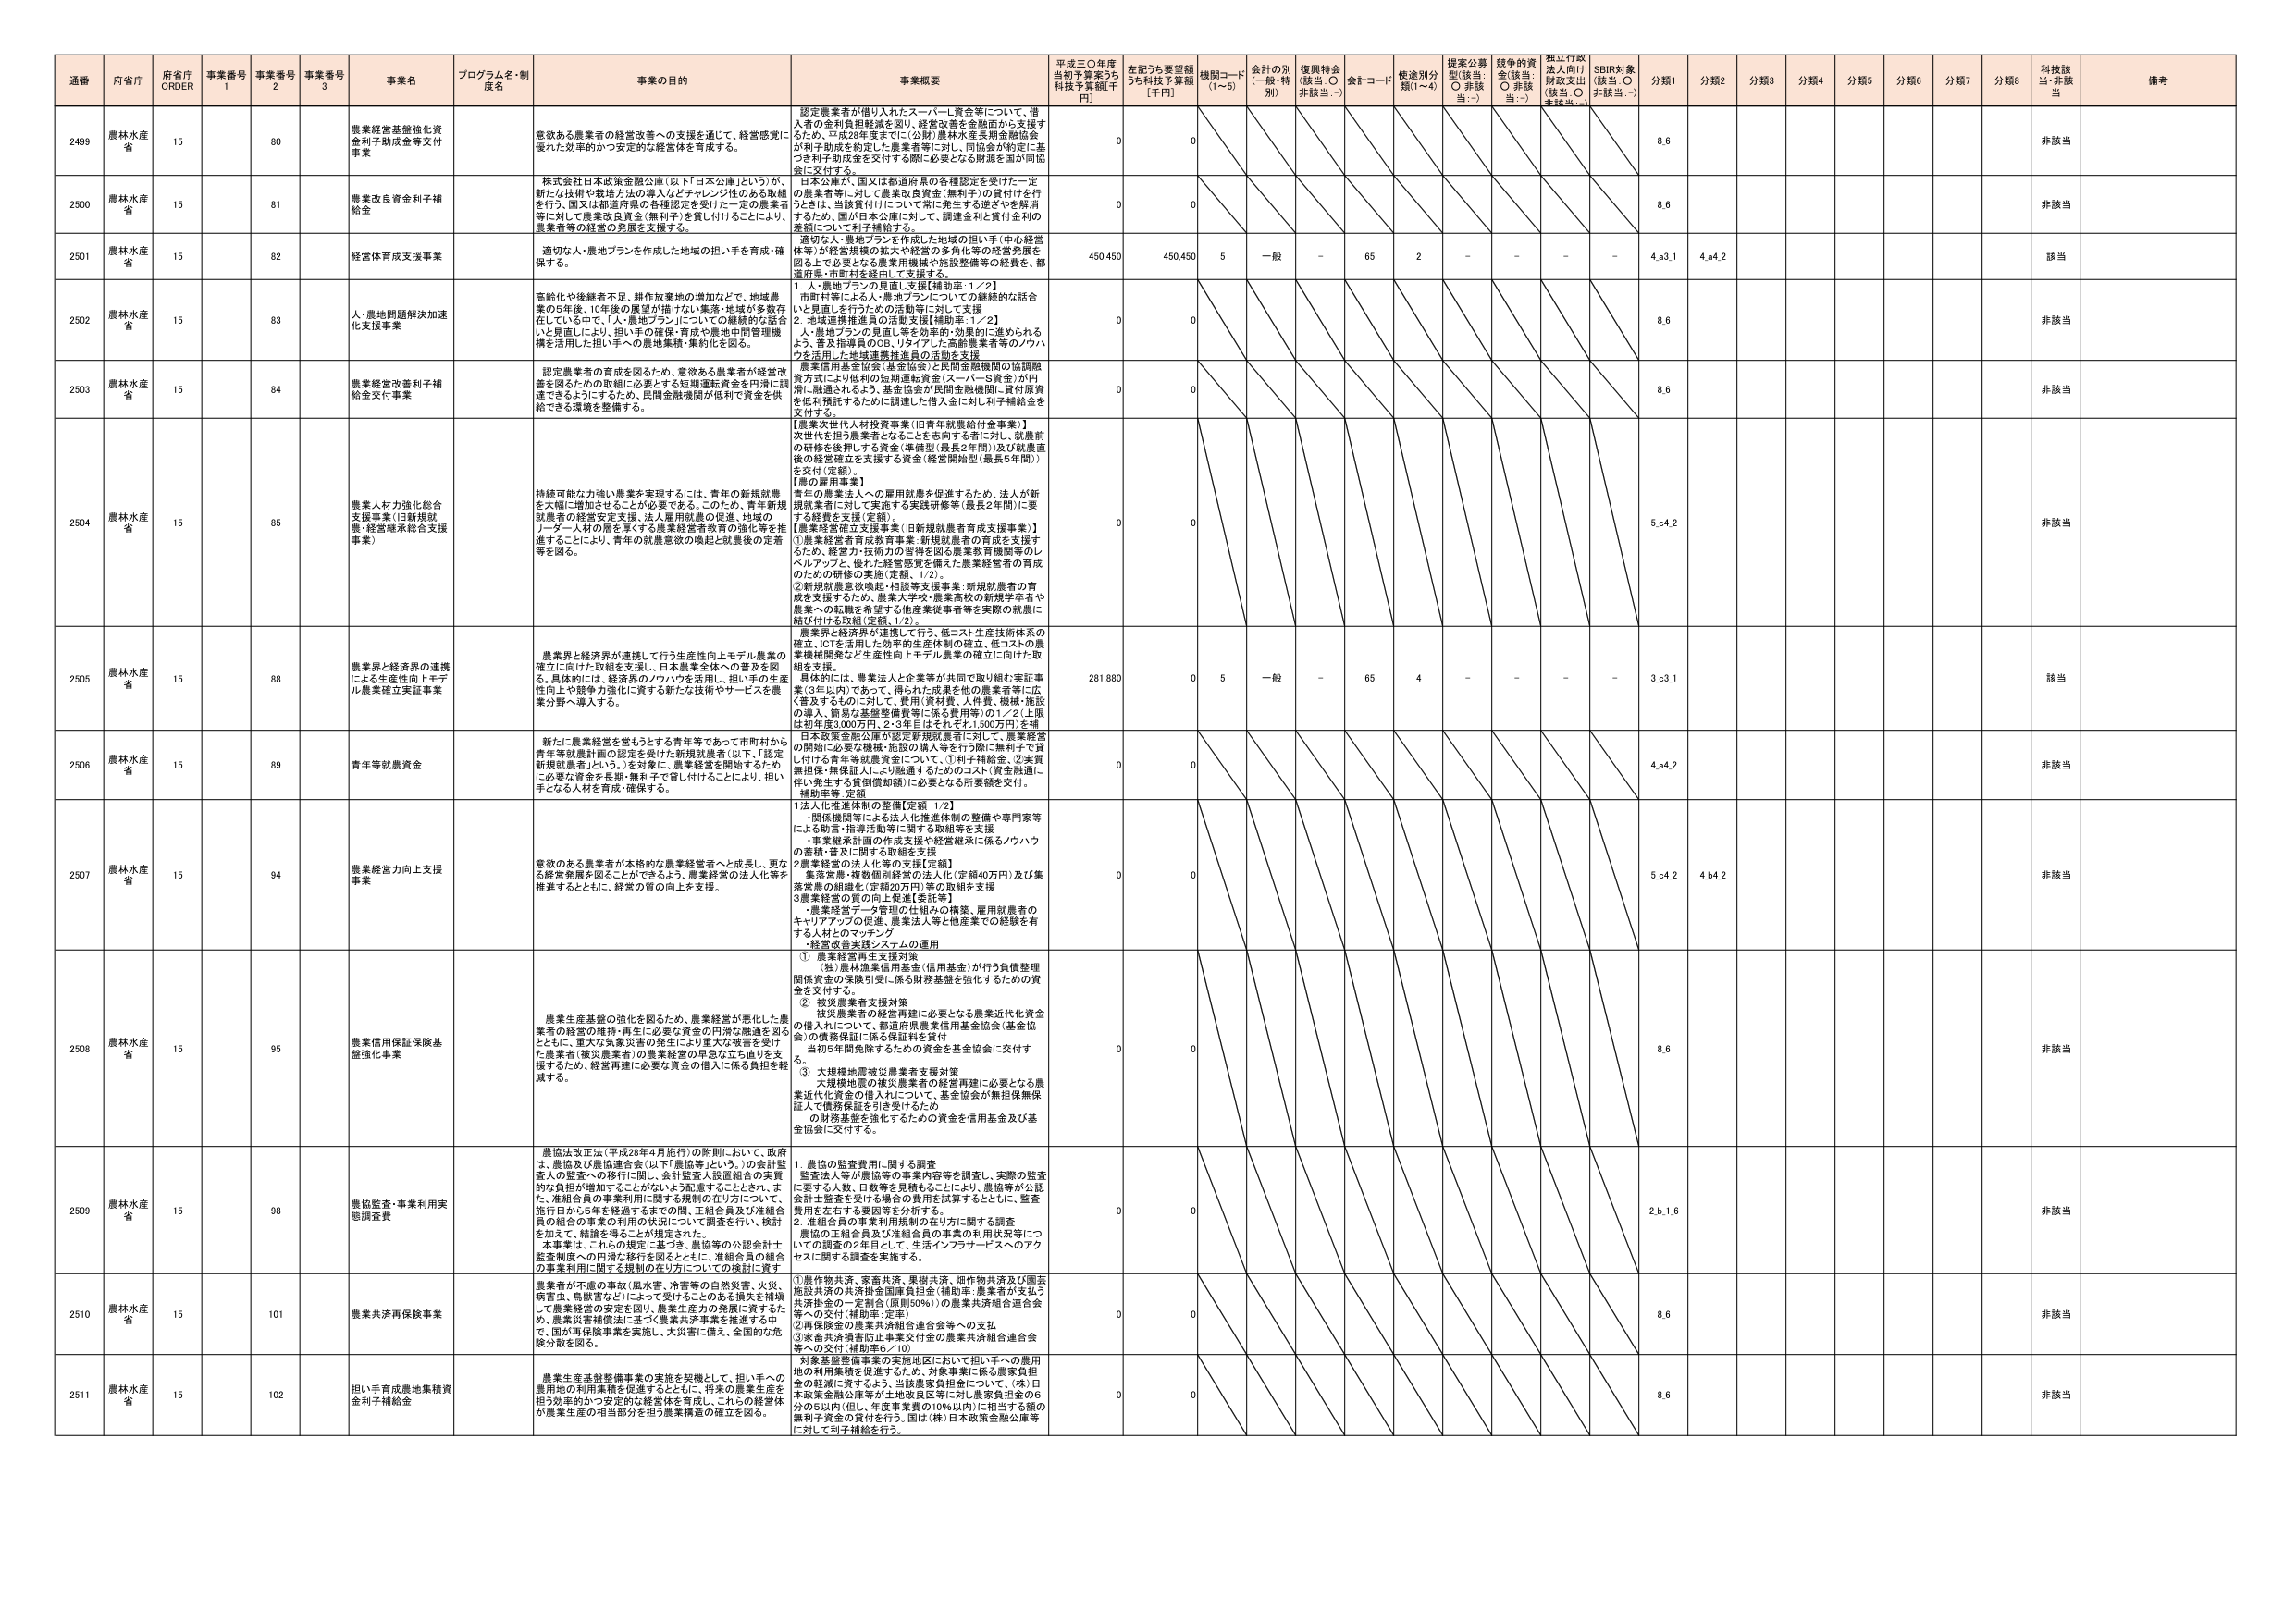
通番 府省庁 府省庁 ORDER 事業番号 1 事業番号 2 事業番号 3 事業名 プログラム名・制度名 事業の目的 事業概要 平成三〇年度当初予算案うち 科技予算額[千円] 左記うち要望額うち科技予算額 [千円] 機関コード (1～5) 会計の別 (一般・特別) 復興特金 (該当：○ 非該当：-) 会計コード 使途別分類(1～4) 提案公募型(該当：○ 非該当：-) 競争的資金(該当：○ 非該当：-) 独立行政法人向け財政支出(該当：○ 非該当：-) SDIR対象(該当：○ 非該当：-) 分類1 分類2 分類3 分類4 分類5 分類6 分類7 分類8 科技該当・非該当 備考

2499 農林水産省 15 80 農業経営基盤強化資金利子助成金等交付事業 意欲ある農業者の経営改善への支援を通して、経営感覚に優れた効率的かつ安定的な経営体を育成する。 認定農業者が借り入れたスーパー1資金等について、借入者の金利負担軽減を図り、経営改善を金融面から支援するため、平成28年度までに(公財)農林水産業期金協会が利子助成を約定し、同協会が特定に基づき利子助成金を交付する際に必要となる財源を国が同協会に交付する。 0 0 8.6 非該当

2500 農林水産省 15 81 農業改良員金利子補給金 株式会社日本政策金融公庫(以下「日本公庫」という)が、新たな技術や栽培方法の導入などチャレンジ性のある取組を行う、国又は都道府県の各種認定を受けた一定の農業者等に対して農業改良員資金(無利子)を貸し付けることにより、農業者等の経営の発展を支援する。 日本公庫が、国又は都道府県の各種認定を受けた一定の農業者等に対して農業改良員資金(無利子)の貸付けを行うときは、当該貸付けについて対象とする返済を解消するため、国が日本公庫に対して、調達金利と貸付金利の差額について利子補給する。 0 0 8.6 非該当

2501 農林水産省 15 82 経営体育成支援事業 適切な人・農地プランを作成した地域の担い手を育成・確保する。 適切な人・農地プランを作成した地域の担い手(中心経営体等)が経営規模の拡大や経営の多角化等の経営発展を図る上で必要となる農業用機械や施設整備等の経費を、都道府県・市町村を経由して支援する。 450,450 450,450 5 一般 - 65 2 - - - - 4,a3.1 4,a4.2 該当

2502 農林水産省 15 83 人・農地問題解決加速化支援事業 高齢化や後継者不足、耕作放棄地の増加などで、地域農業の5年後・10年後の展望が暗いが、東京・地域が多数存在している中で、「人・農地プラン」についての継続的な話合いを重視しつつ、担い手の確保・育成や農地中間管理機構を活用した担い手への農地集積・集約化を図る。 1. 人・農地プランの見直し支援[補助率:1/2] 市町村等による人・農地プランについての継続的な話合いを見直しを行うための活動等に対して支援 2. 地域連携推進員の活動支援[補助率:1/2] 人・農地プランの見直し等を効率的・効果的に進められるよう、普及指導員のOB、リタイアした前農業者等のノウハウを活用した地域連携推進員の活動を支援。 0 0 8.6 非該当

2503 農林水産省 15 84 農業経営改善利子補給金交付事業 認定農業者の育成を図るため、意欲ある農業者が経営改善を図るための取組に必要とする短期運転資金を円滑に調達できるようにするため、民間金融機関が低利で資金を供給できる環境を整備する。 農業信用基金協会(基金協会)と民間金融機関の協調融資方式により低利の短期運転資金(スーパー1資金)が円滑に融通されるよう、基金協会が民間金融機関に貸付原資を低利預託するために調達した借入金に対し利子補給金を交付する。 0 0 8.6 非該当

2504 農林水産省 15 85 農業人材力強化総合支援事業(旧新規就農・経営継承総合支援事業) 持続可能な力強い農業を実現するには、青年の新規就農を大幅に増加させることが必要である。このため、青年新規就農者の経営安定支援、法人雇用就農の促進、地域のリーダー人材の育成等をする農業経営者教育の強化等を推進することにより、青年の就農意欲の喚起と就農後の定着等を図る。 【農業次世代人材投資事業(旧青年就農給付金事業)】 次世代を担う農業者となることを志向する者に対し、就農前の研修を後押しする資金(準備型(最長2年間))及び就農直後の経営確立を支援する資金(経営開始型(最長5年間))を交付(定額) 【農の雇用事業】 青年の農業法人への雇用就農を促進するため、法人が新規就業者に対して実施する実践研修等(最長2年間)に要する経費を支援(定額)。 【農業経営確立支援事業(旧新規就農者育成支援事業)】 ①農業経営者育成教育事業:新規就農者の育成を支援するため、経営力・技術力の習得を図る農業教育機関等のレベルアップと、優れた経営感覚を備えた農業経営者の育成のための研修の実施(定額、1/2)。 ②新規就農意欲喚起・相談等支援事業:新規就農者の育成を支援するため、農業大学校・農業高校の新規学卒者や農業への転職を希望する他産業従事者等を実際の就農に結び付ける取組(定額、1/2)。 農業界と経済界が連携して行う、低コスト生産技術体系の確立、ICTを活用した効率的生産体制の確立、低コストの農業機械開発など生産性向上モデル農業の確立に向けた取組を支援。 0 0 5,c4.2 非該当

2505 農林水産省 15 88 農業界と経済界の連携による生産性向上モデル農業確立支援事業 農業界と経済界が連携して行う生産性向上モデル農業の確立に向けた取組を支援し、日本農業全体への普及を図る。具体的には、経済界のノウハウを活用し、担い手の生産性向上や競争力強化に資する新たな技術やサービスを農業分野へ導入する。 具体的には、農業法人と企業等が共同で取り組む実証事業(3年以内)であって、得られた成果を他の農業者等に広く普及するものに対して、費用(資材費、人件費、機械・施設の導入、簡易な基盤整備費等に係る費用等)の1/2(上限は約年3,000万円、2-3年目はそれぞれ1,500万円)を補助。 281,880 0 5 一般 - 65 4 - - - - 3,c3.1 該当

2506 農林水産省 15 89 青年等就農資金 新たに農業経営を営もうとする青年等であって市町村から青年等就農計画の認定を受けた新規就農者(以下、「認定新規就農者」という。)を対象に、農業経営を開始するために必要な資金を長期・無利子で貸し付けることにより、担い手となる人材を育成・確保する。 日本政策金融公庫が認定新規就農者に対して、農業経営の開始に必要な機械・施設の購入等を行う際・無利子で貸し付ける青年等就農資金について、①利子補給金、②実質無担保・無保証人により融通するためのコスト(資金融通に伴い発生する貸倒償却額)に必要となる所要額を交付。 補助定等:定額 0 0 4,a4.2 非該当

2507 農林水産省 15 94 農業経営力向上支援事業 意欲のある農業者が本格的な農業経営者へと成長し、更なる経営発展を図ることができるように、農業経営の法人化等を推進するとともに、経営の質の向上を支援。 1法人化推進体制の整備[定額 1/2] ・関係機関等による法人化推進体制の整備や専門家等による助言・指導活動等に関する取組等を支援 ・事業継承計画の作成支援や経営継承に係るノウハウの蓄積・普及に関する取組を支援 2農業経営の法人化等の支援[定額] 集落営農・複数個別経営の法人化(定額40万円)及び集落営農の組織化(定額20万円)等の取組を支援 3農業経営の質の向上促進[委託等] ・農業経営データ管理の仕組みの構築、雇用就農者のキャリアアップの促進、農業法人等と他産業での経験を有する人材とのマッチング ・経営改善支援システムの運用 0 0 5,c4.2 4,b4.2 非該当

2508 農林水産省 15 95 農業信用保証保険基盤強化事業 農業生産基盤の強化を図るため、農業経営が悪化した農業者の経営の維持・再生に必要な資金の円滑な融通を図るとともに、重大な気象災害の発生により重大な被害を受けた農業者(被災農業者)の農業経営の早急な立ち直りを支援するため、経営再建に必要な資金の借入に係る負担を軽減する。 ① 農業経営再生支援対策 (独)農林漁業信用基金(信用基金)が行う負債整理関係資金の保険引受に係る財務基盤を強化するための資金を交付する。 ② 被災農業者支援対策 被災農業者の経営再建に必要となる農業近代化資金の借入れについて、都道府県農業信用基金協会(基金協会)の債務保証に係る保証料を貸付 当初5年間免除するための資金を基金協会に交付する。 ③ 大規模地震被災農業者支援対策 大規模地震の被災農業者の経営再建に必要となる農業近代化資金の借入れについて、基金協会が無担保無保証人で債務保証を引き受けるため の財務基盤を強化するための資金を信用基金及び基金協会に交付する。 0 0 8.6 非該当

2509 農林水産省 15 98 農協監査・事業利用実態調査費 農協法改正法(平成26年4月施行)の附則において、政府は、農協及び農協連合会(以下「農協等」という。)の会計監査人の監査への移行に関し、会計監査人設置組合の実質的な負担が増加することがないよう配慮することとされ、また、准組合員の事業利用に関する規制の在り方について、施行日から5年を経過するまでの間、正組合員及び准組合員の組合の事業の利用の状況についての調査を行い、検討を加えて、結論を得ることが規定された。 本事業は、これらの規定に基づき、農協等の公認会計士監査制度への円滑な移行を図るとともに、准組合員の組合の事業利用に関する規制の在り方についての検討に資す 1. 農協の監査費用に関する調査 監査法人等が農協等の事業内容等を調査し、実際の監査に要する人数、日数等を見積もることにより、農協等が公認会計士監査を受ける場合の費用を試算するとともに、監査費用を正当する要因等を分析する。 2. 准組合員の事業利用規制の在り方に関する調査 農協の正組合員及び准組合員の事業の利用状況等についての調査の2年目として、生活インフラサービスへのアクセスに関する調査を実施する。 0 0 2,b1.6 非該当

2510 農林水産省 15 101 農業共済再保険事業 農業者が不慮の事故(風水害、吊害等の自然災害、火災、病害虫、鳥獣害など)によって受けることのある損失を補填して農業経営の安定を図り、農業生産力の発展に資するため、農業災害補償法に基づく農業共済事業を推進する中で、国が再保険事業を実施し、大災害に備え、全国的な危険分散を図る。 ①農作物共済、家畜共済、果樹共済、畑作物共済及び園芸施設共済の共済掛金国庫負担金(補助率:農業者が支払う共済掛金の一定割合(原則50%))の農業共済組合連合会等への交付(補助率:定率) ②再保険金の農業共済組合連合会等への支払 ③家畜共済損害防止事業交付金の農業共済組合連合会等への交付(補助率6/10) 0 0 8.6 非該当

2511 農林水産省 15 102 担い手育成農地集積資金利子補給金 農業生産基盤整備事業の実施を契機として、担い手への農用地の利用集積を促進するとともに、将来の農業生産を担う効率的かつ安定的な経営体を育成し、これらの経営体が農業生産の相当部分を担う農業構造の確立を図る。 対象基盤整備事業の実施地区において担い手への農用地の利用集積を促進するため、対象事業に係る農業負担金の軽減に資するよう、当該農家負担金について、(株)日本政策金融公庫等が土地改良区等に対し農業負担金の6分の5以内(但し、年度事業費の10%以内)に相当する額の無利子資金の貸付けを行う。国は(株)日本政策金融公庫等に対して利子補給を行う。 0 0 8.6 非該当